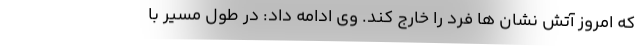
که امروز آتش نشان ها فرد را خارج کند. وی ادامه داد: در طول مسیر با